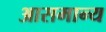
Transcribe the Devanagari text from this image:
आसमान्य